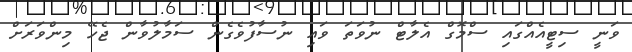
ވަނީ ސިޓީއެއްގައި ސްމޮގް އެލާޓް ނުވަތަ ވައި ނުސާފުވެގެން ސަމާލުވާން ޖެހޭ މިންވަރަށް